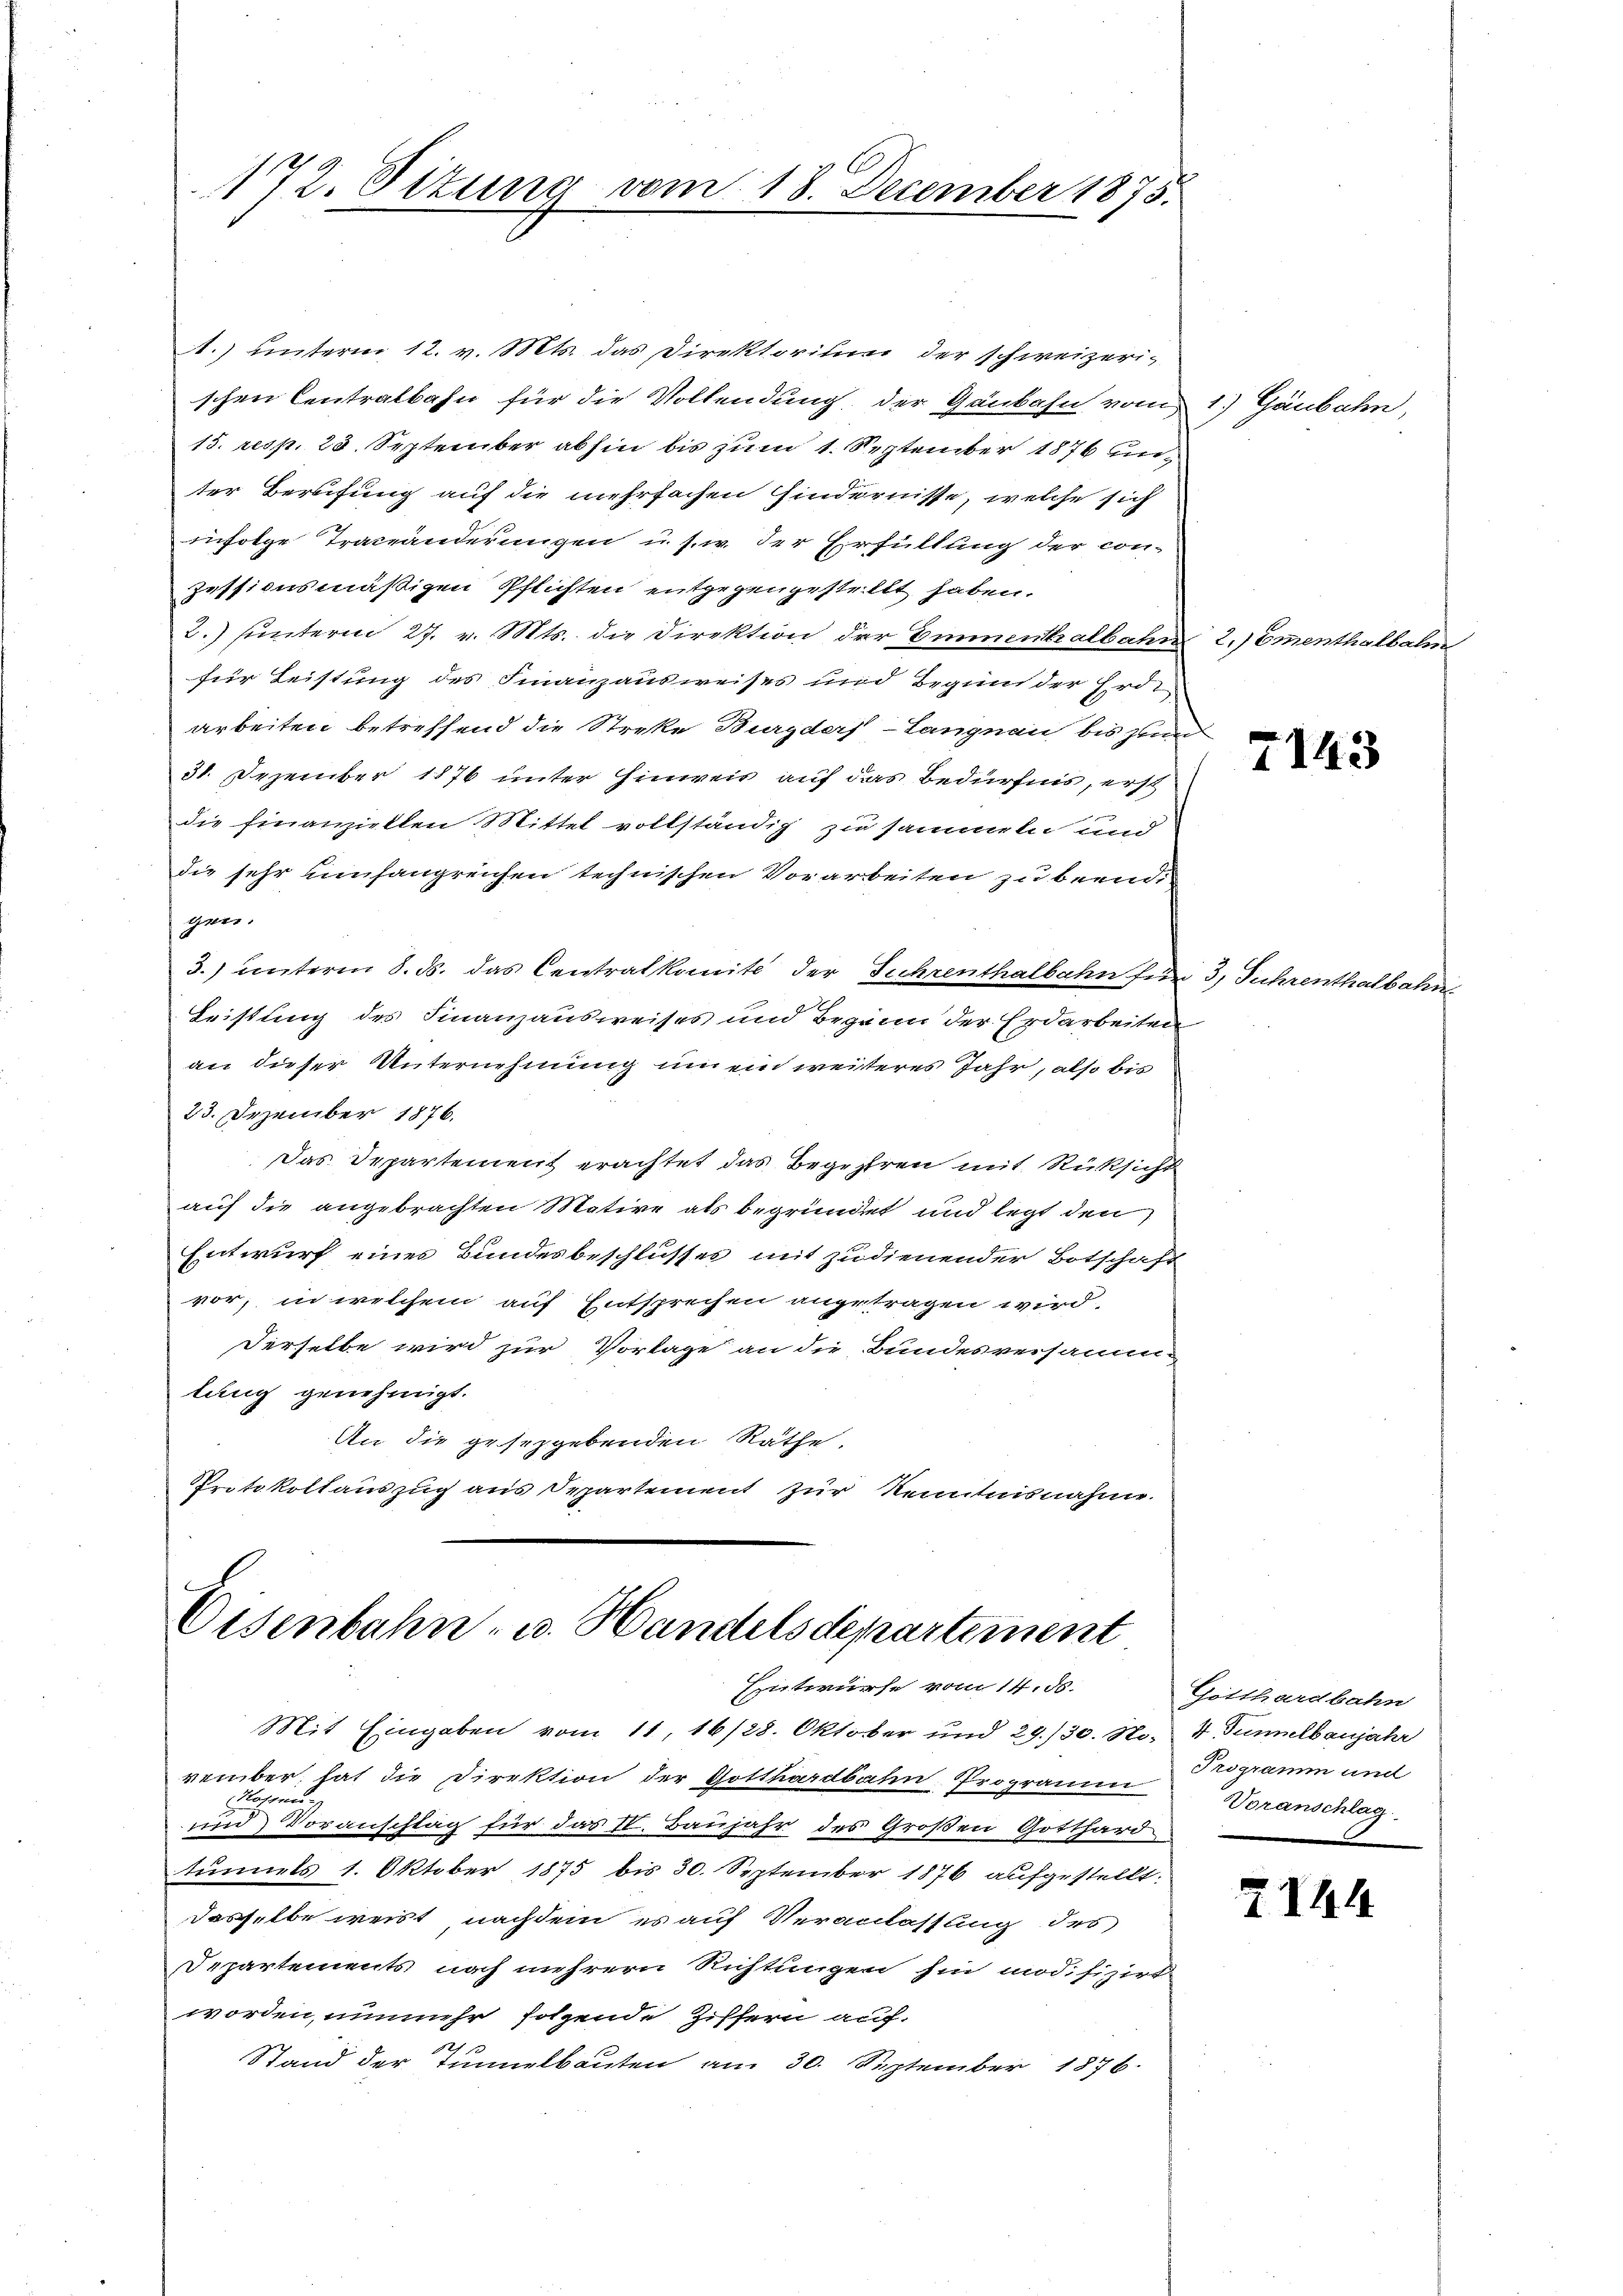
1.) unterm 12. v. Mts. das Direktorium der schweizeri-
schen Centralbahn für die Vollendung, der Gänbahn vom
15. resp. 23. September abhin bis zum 1. September 1876 un
ter Berufung auf die mehrfachen findernisse, welche sich
infolge Traceänderungen u. s. w. der Erfüllung der con-
zessionsmäßigen Pflichten entgegengestellt haben.
2.) unterm 27. v. Mts. die Direktion der Emmenthalbahn
für Leistung des Finanzausweises und Begung der Erd
arbeiten betreffend die Streke Burgdorf - Langnau bis zum
31. Dezember 1876 unter Hinweis auf das Bedürfnis, erst
die Finanziellen Mittel vollständig zu sammeln und
die sehr umfangreichen technischen Vorarbeiten zu beendigers.
3.) unterm 8. ds. das Centralkomité der Fuhrenthalbahn für
Leistung des Finanzausweises und Beginn der Erdarbeiten
an dieser Unternehmung um ein weiteres Jahr, also bis
23. Dezember 1876.
Das Departement erachtet das Begehren mit Rücksicht
auf die angebrachten Matire als begründet und legt den
Entwurf eines Bundesbeschlusses mit zudienender Botschaft
vor; in welchem auf Entsprechen angetragen wird.
Derselbe wird zur Vorlage an die Bundesversamme
tung genehmigt.
An die gesetzgebenden Räthe.
Protokollauszug aus Departement zur Kenntnisnahme.

172. Sizung vom 18. December 1873.

Eisenbahn- u. Handelsdepartement
Entwurfe vom 14. d.

Mit Eingaben vom 11, 16/28. Oktober und 29./30. No. 4. Tumulbaujahr
vember, hat die Direktion der Gotthardbahn Programm
Hornu
und Voranschlag für das II. Baujahr des Großen Gotthard
tunnels 1. Oktober 1875 bis 30. September 1876 aufgestellt:
dasselbe weist nachdem es auf Veranlassung des
Departements noch mehrern Richtungen hin modifizirt
worden, unnmehr folgende Ziffern auf.
Stand der Tunnelbauten am 30. September 1876.

2.) Emmenthalbahn

1) Gäubahn,

7143

3, Fuhrenthalbahr

Gotthardbahn
Programm und
Voranschlag

2144